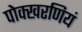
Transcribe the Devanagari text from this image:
पोक्खरणियं